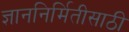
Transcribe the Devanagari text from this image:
ज्ञाननिर्मितीसाठी